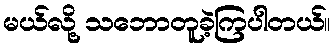
မယ်လို့ သဘောတူခဲ့ကြပါတယ်။